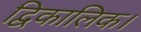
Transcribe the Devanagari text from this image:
द्विकालिक।